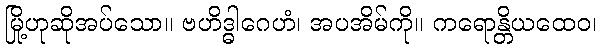
မြို့ဟုဆိုအပ်သော။ ဗဟိဒ္ဓါဂေဟံ၊ အပအိမ်ကို။ ကရောန္တိယထေဝ၊